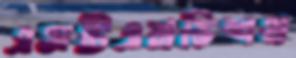
এসটিএমভিশন